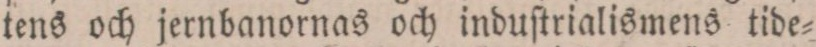
tens och jernbanornas och induſtrialismens tide=